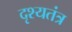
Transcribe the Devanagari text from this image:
दृश्यतंत्र